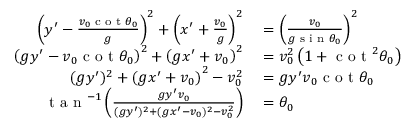
\begin{array} { r l } { \left( y ^ { \prime } - \frac { v _ { 0 } \textrm { c o t } \theta _ { 0 } } { g } \right) ^ { 2 } + \left( x ^ { \prime } + \frac { v _ { 0 } } { g } \right) ^ { 2 } } & { { } = \left( \frac { v _ { 0 } } { g \textrm { s i n } \theta _ { 0 } } \right) ^ { 2 } } \\ { \left( g y ^ { \prime } - v _ { 0 } \textrm { c o t } \theta _ { 0 } \right) ^ { 2 } + \left( g x ^ { \prime } + v _ { 0 } \right) ^ { 2 } } & { { } = v _ { 0 } ^ { 2 } \left( 1 + \textrm { c o t } ^ { 2 } \theta _ { 0 } \right) } \\ { ( g y ^ { \prime } ) ^ { 2 } + \left( g x ^ { \prime } + v _ { 0 } \right) ^ { 2 } - v _ { 0 } ^ { 2 } } & { { } = g y ^ { \prime } v _ { 0 } \textrm { c o t } \theta _ { 0 } } \\ { \textrm { t a n } ^ { - 1 } \left( \frac { g y ^ { \prime } v _ { 0 } } { ( g y ^ { \prime } ) ^ { 2 } + ( g x ^ { \prime } - v _ { 0 } ) ^ { 2 } - v _ { 0 } ^ { 2 } } \right) } & { { } = \theta _ { 0 } } \end{array}